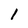
Character: 1